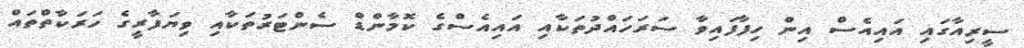
ސީރިއާގައި އައިއެސް އިން ހިފާފައިވާ ސަރަހައްދުތަކާއި އައިއެސްގެ ކޮމާންޑް ސެންޓަރުތަކާއި ވިޔަފާރީގެ ހަރަކާތްތައް